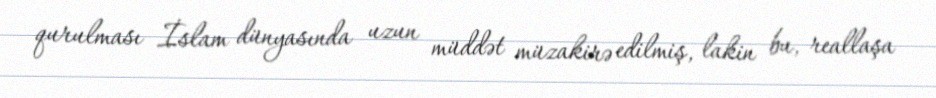
qurulması İslam dünyasında uzun müddət müzakirə edilmiş, lakin bu, reallaşa